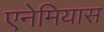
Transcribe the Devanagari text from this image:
एनेमियास